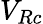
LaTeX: V_{Rc}